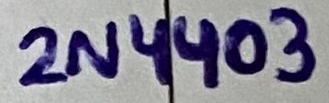
Text: 2N4403